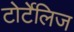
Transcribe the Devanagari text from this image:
टोर्टेलिज